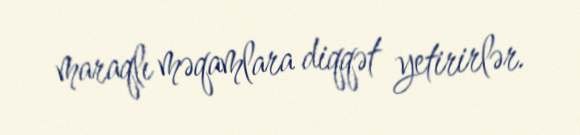
maraqlı məqamlara diqqət yetirirlər.